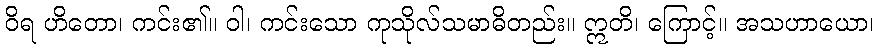
ဝိရ ဟိတော၊ ကင်း၏။ ဝါ၊ ကင်းသော ကုသိုလ်သမာဓိတည်း။ ဣတိ၊ ကြောင့်။ အသဟာယော၊